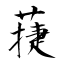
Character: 蓵